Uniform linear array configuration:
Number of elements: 12
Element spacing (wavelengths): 0.75
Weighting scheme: hamming
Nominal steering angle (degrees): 15
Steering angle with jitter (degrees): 16.522
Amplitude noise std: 0.05
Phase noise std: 0.05

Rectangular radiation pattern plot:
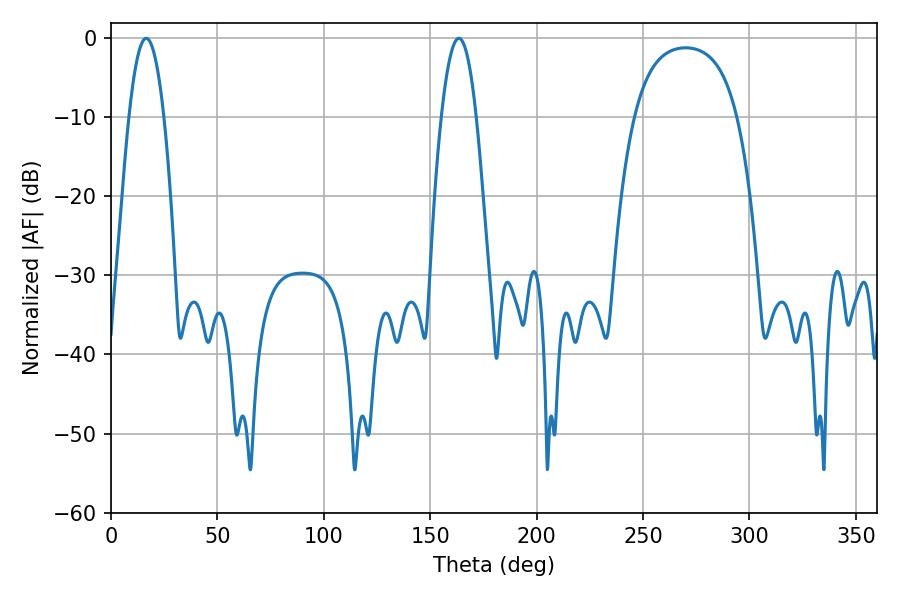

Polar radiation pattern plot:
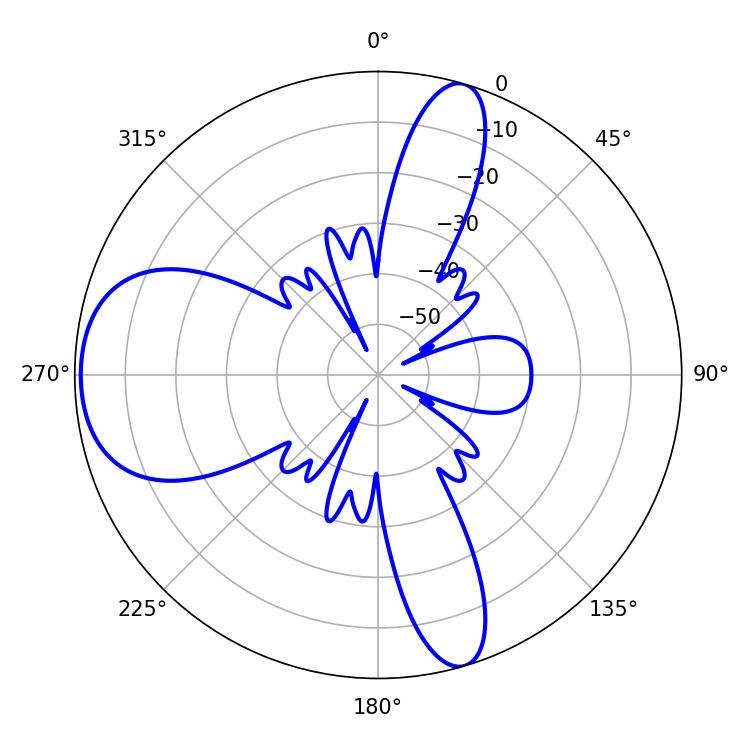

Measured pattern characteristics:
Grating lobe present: TRUE
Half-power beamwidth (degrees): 9
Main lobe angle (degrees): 16.56